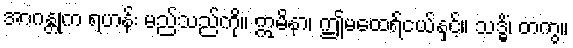
အာဂန္တုက ရဟန်း မည်သည်ကို။ ဣမိနာ၊ ဤမထေရ်ငယ်နှင့်။ သဒ္ဓိံ၊ တကွ။